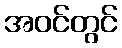
အဝင်တွင်